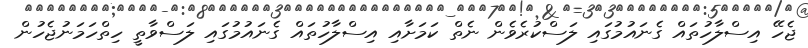
ޖެހޭ އިސްލާހުތައް ގެނައުމުގައި ލަސްކުރެވެން ނެތް ކަމަށާއި އިސްލާހުތައް ގެނައުމުގައި ލަސްވާތީ ހިތްހަމަނުޖެހުން